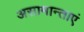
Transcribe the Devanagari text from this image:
असामान्ताएं